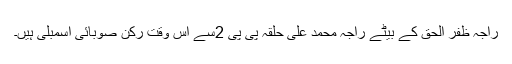
راجہ ظفر الحق کے بیٹے راجہ محمد علی حلقہ پی پی 2سے اس وقت رکن صوبائی اسمبلی ہیں۔